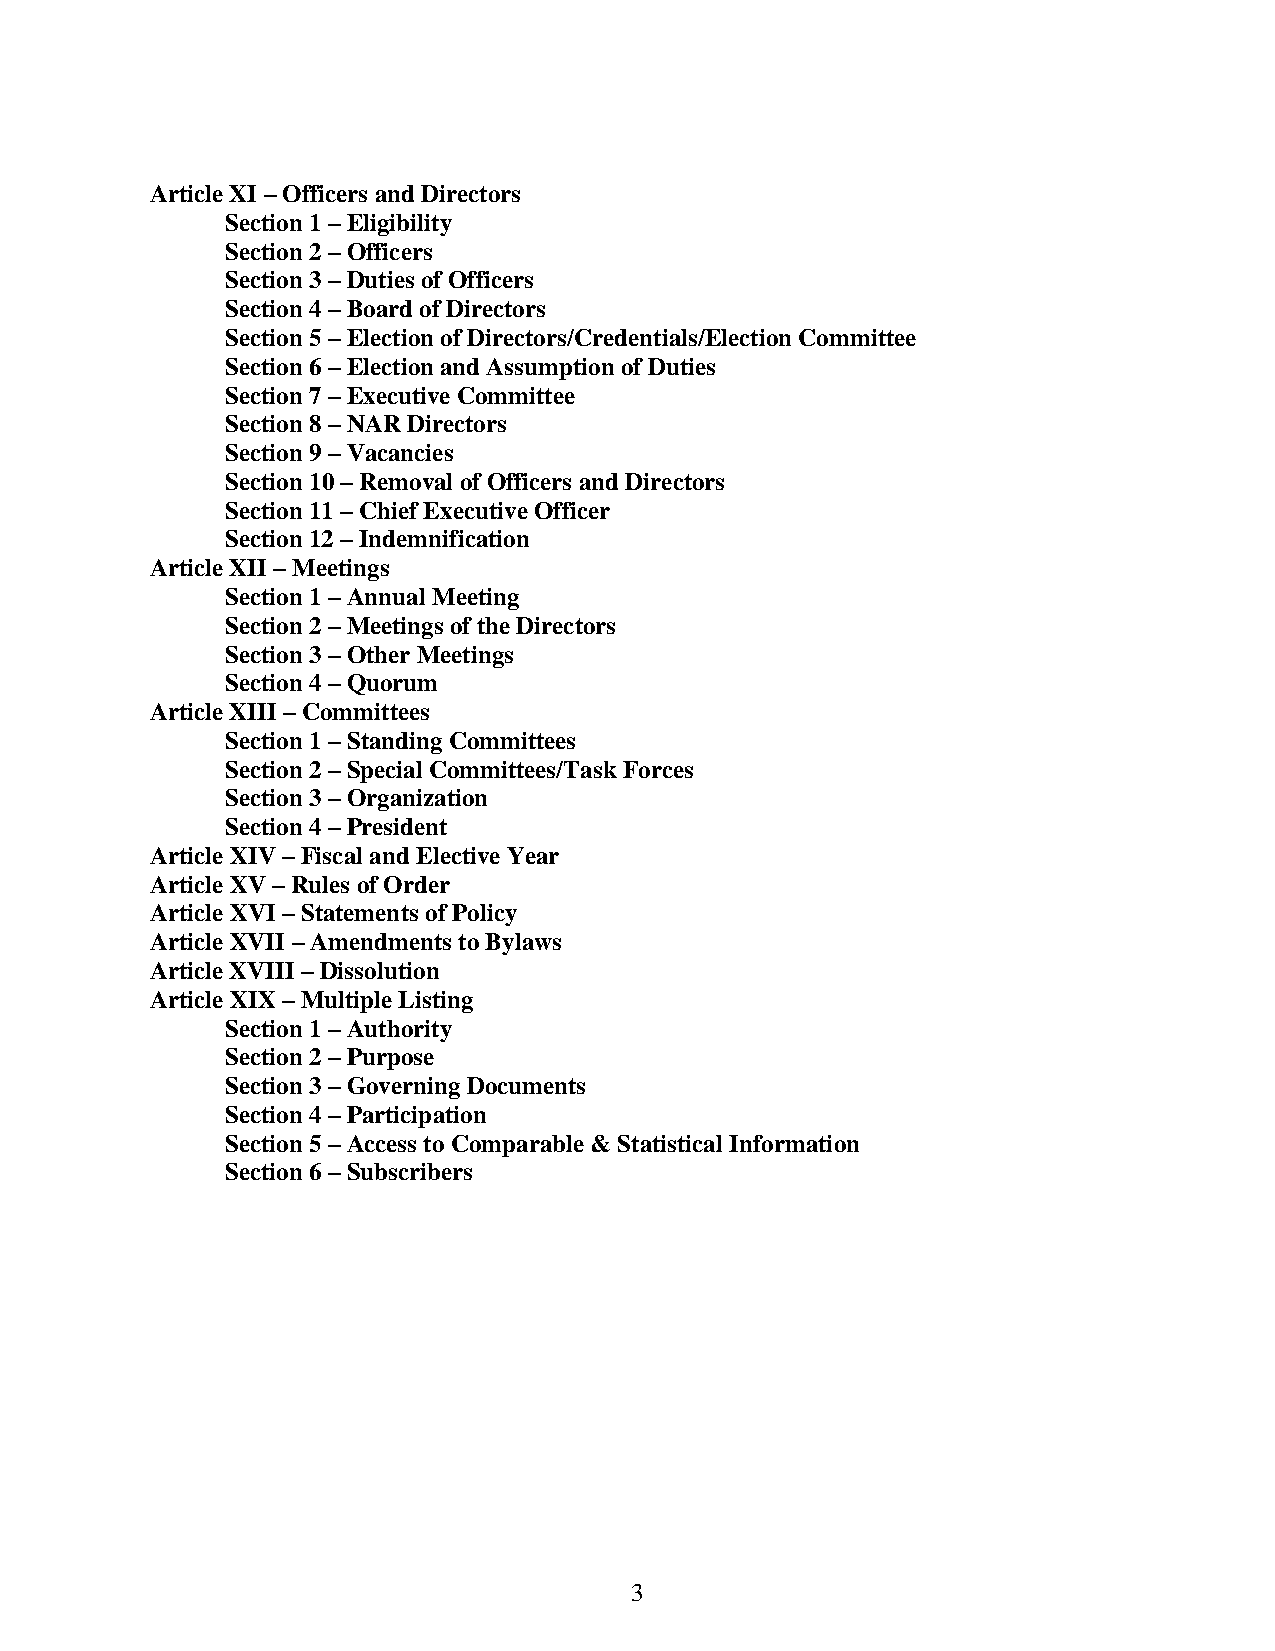
Article XI – Officers and Directors
 Section 1 – Eligibility
 Section 2 – Officers
 Section 3 – Duties of Officers
 Section 4 – Board of Directors
 Section 5 – Election of Directors/Credentials/Election Committee
 Section 6 – Election and Assumption of Duties
 Section 7 – Executive Committee
 Section 8 – NAR Directors
 Section 9 – Vacancies
 Section 10 – Removal of Officers and Directors
 Section 11 – Chief Executive Officer
 Section 12 – Indemnification
 Article XII – Meetings
 Section 1 – Annual Meeting
 Section 2 – Meetings of the Directors
 Section 3 – Other Meetings
 Section 4 – Quorum
 Article XIII – Committees
 Section 1 – Standing Committees
 Section 2 – Special Committees/Task Forces
 Section 3 – Organization
 Section 4 – President
 Article XIV – Fiscal and Elective Year
 Article XV – Rules of Order
 Article XVI – Statements of Policy
 Article XVII – Amendments to Bylaws
 Article XVIII – Dissolution
 Article XIX – Multiple Listing
 Section 1 – Authority
 Section 2 – Purpose
 Section 3 – Governing Documents
 Section 4 – Participation
 Section 5 – Access to Comparable & Statistical Information
 Section 6 – Subscribers
 3